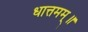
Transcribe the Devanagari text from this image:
धात्तमम्‌॥